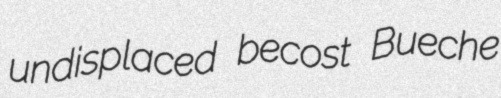
undisplaced becost Bueche